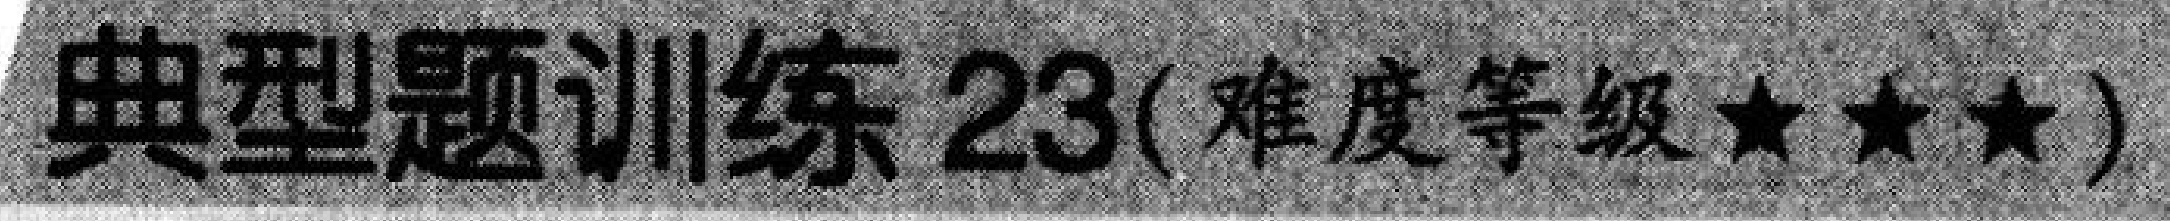
典型题训练 23(难度等级★★★)